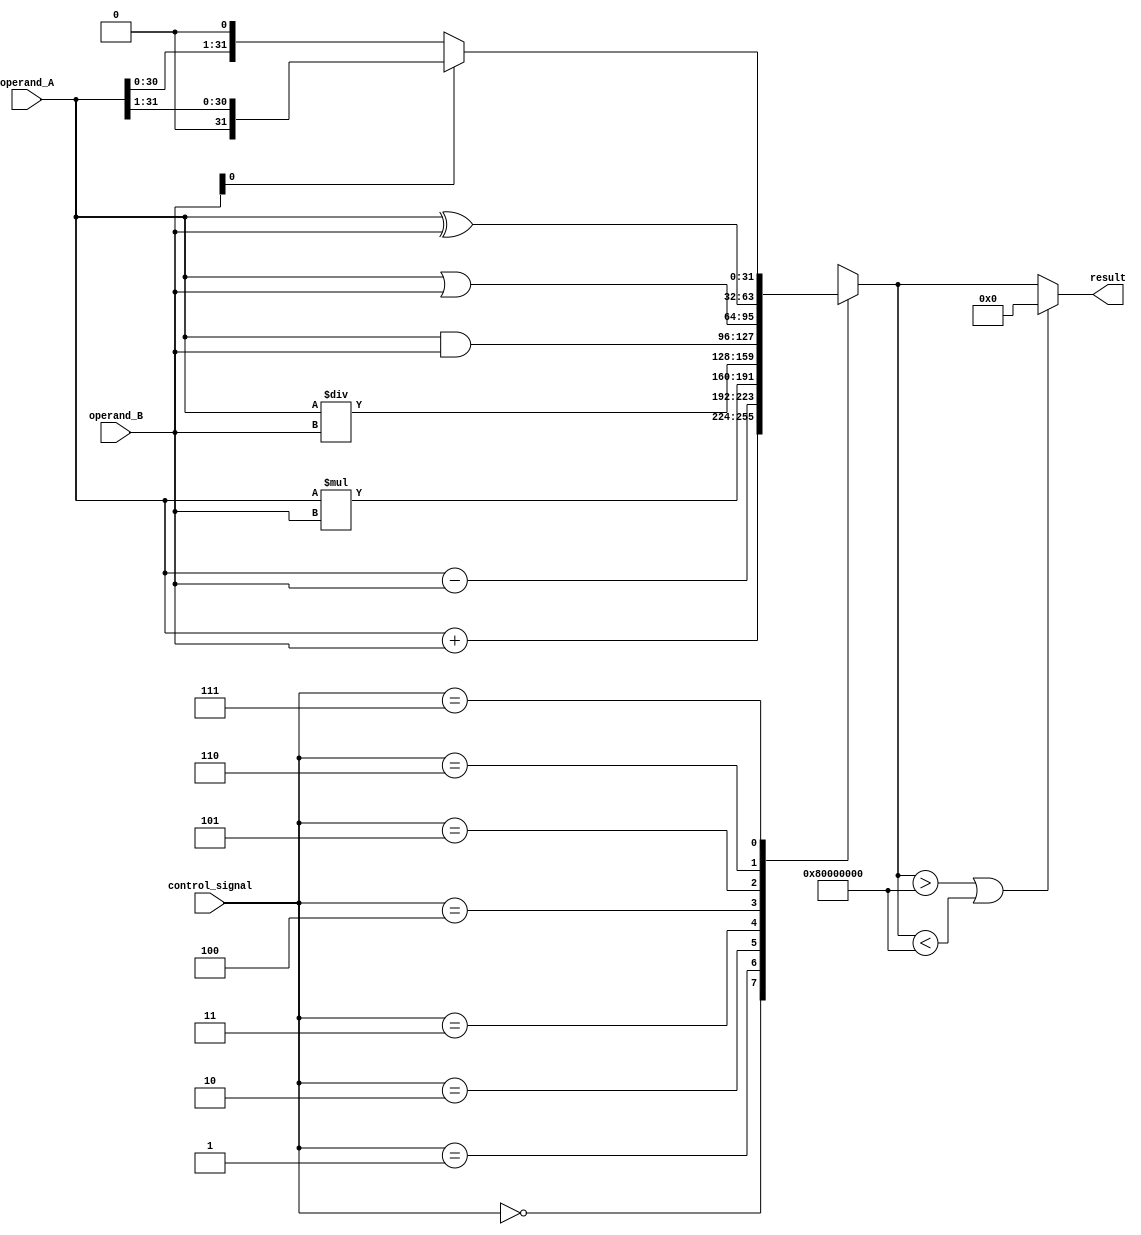
module ALU (
    input wire [31:0] operand_A,
    input wire [31:0] operand_B,
    input wire [2:0] control_signal,
    output reg [31:0] result
);

reg [31:0] temp_result;

always @(*) begin
    case(control_signal)
        3'b000: temp_result = operand_A + operand_B; // Addition
        3'b001: temp_result = operand_A - operand_B; // Subtraction
        3'b010: temp_result = operand_A * operand_B; // Multiplication
        3'b011: temp_result = operand_A / operand_B; // Division
        3'b100: temp_result = operand_A & operand_B; // Bitwise AND
        3'b101: temp_result = operand_A | operand_B; // Bitwise OR
        3'b110: temp_result = operand_A ^ operand_B; // Bitwise XOR
        3'b111: begin
            if(operand_B[0] == 1) // Shift right
                temp_result = operand_A >> 1;
            else // Shift left
                temp_result = operand_A << 1;
        end
        default: temp_result = 32'b0; // Default to zero result
    endcase
end

always @(temp_result) begin
    if(temp_result > 2**31 || temp_result < -2**31) 
        result <= 32'b0; // Handle overflow
    else
        result <= temp_result;
end

endmodule